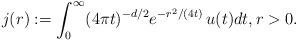
\begin{align*}j(r):=\int^{\infty}_0(4\pi t)^{-d/2}e^{-r^2/(4t)}\,u(t)dt, r>0.\end{align*}